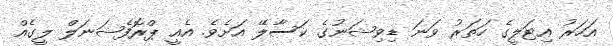
އަހަރު އިޓަލީގެ ހަތަރު ވަނަ ޑިވިޝަނުގެ ކަސާލޭ އަށެވެ. އެއީ ޕްރޮފެޝަނަލް ލީގެއް